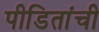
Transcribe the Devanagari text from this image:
पीडितांची